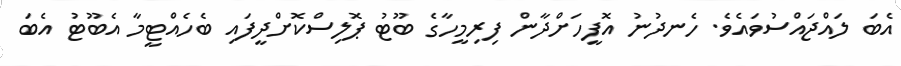
އެބަ ލައްޖައްސުވައެވެ. ހެނދުނު އޮފީހަށްދާން ފިރިމީހާގެ ބޫޓު ޕޮލިސްކޮށްދީފައި ބެހެއްޓީމާ އެބޫޓު އެބަ